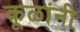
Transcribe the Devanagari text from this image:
कूळांनी